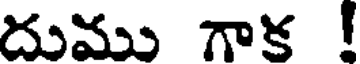
దుము గాక !